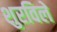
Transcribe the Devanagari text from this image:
शुरविले